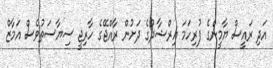
އަދި ރައީސް ޔާމީންގެ ފުރިހަމަ އިރްޝާދުގެ ދަށުން ރާއްޖޭގެ ހާރިޖީ ސިޔާސަތުވެސް އަމާޒް